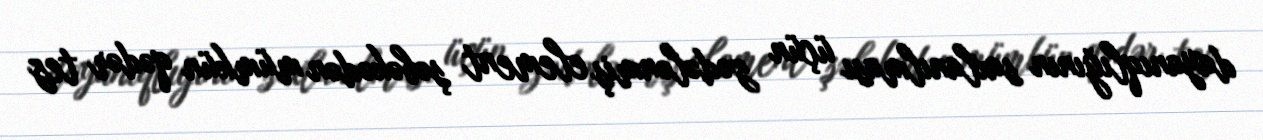
dayanıqlığının saxlanılması üçün zədələnmiş element şəbəkədən mümkün qədər tez